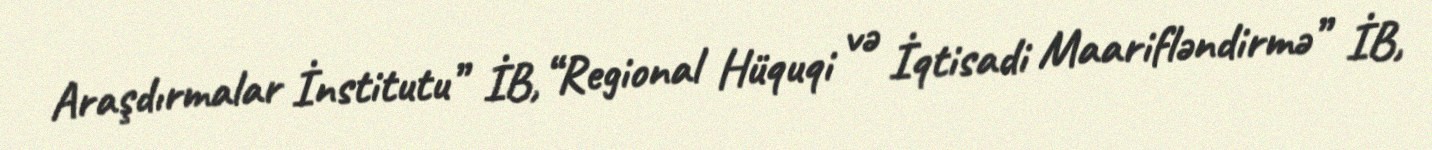
Araşdırmalar İnstitutu” İB, “Regional Hüquqi və İqtisadi Maarifləndirmə” İB,